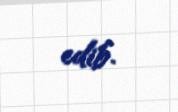
edib.